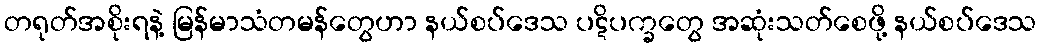
တရုတ်အစိုးရနဲ့ မြန်မာသံတမန်တွေဟာ နယ်စပ်ဒေသ ပဋိပက္ခတွေ အဆုံးသတ်စေဖို့ နယ်စပ်ဒေသ